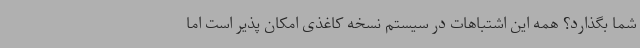
شما بگذارد؟ همه این‌ اشتباهات در سیستم نسخه کاغذی امکان پذیر است اما